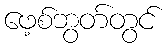
ဖေ့စ်ဘွတ်တွင်